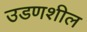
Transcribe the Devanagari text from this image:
उडणशील